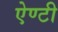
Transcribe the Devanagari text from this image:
ऐण्टी